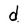
Character: d